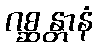
ဂစ္ဆန္တာနံ